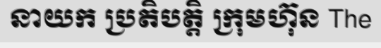
នាយក ប្រតិបត្តិ ក្រុមហ៊ុន The